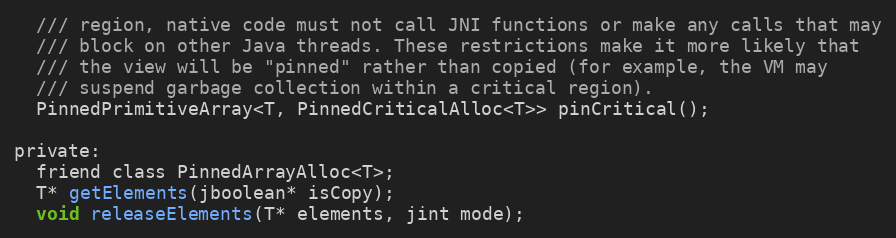
Language: C
  /// region, native code must not call JNI functions or make any calls that may
  /// block on other Java threads. These restrictions make it more likely that
  /// the view will be "pinned" rather than copied (for example, the VM may
  /// suspend garbage collection within a critical region).
  PinnedPrimitiveArray<T, PinnedCriticalAlloc<T>> pinCritical();

private:
  friend class PinnedArrayAlloc<T>;
  T* getElements(jboolean* isCopy);
  void releaseElements(T* elements, jint mode);